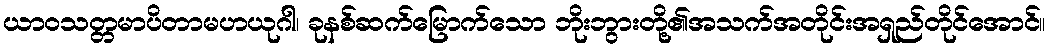
ယာဝသတ္တမာပိတာမဟယုဂါ၊ ခုနစ်ဆက်မြောက်သော ဘိုးဘွားတို့၏အသက်အတိုင်းအရှည်တိုင်အောင်။